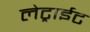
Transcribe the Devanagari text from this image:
लेट्राईट